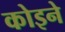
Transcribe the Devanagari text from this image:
कोइने